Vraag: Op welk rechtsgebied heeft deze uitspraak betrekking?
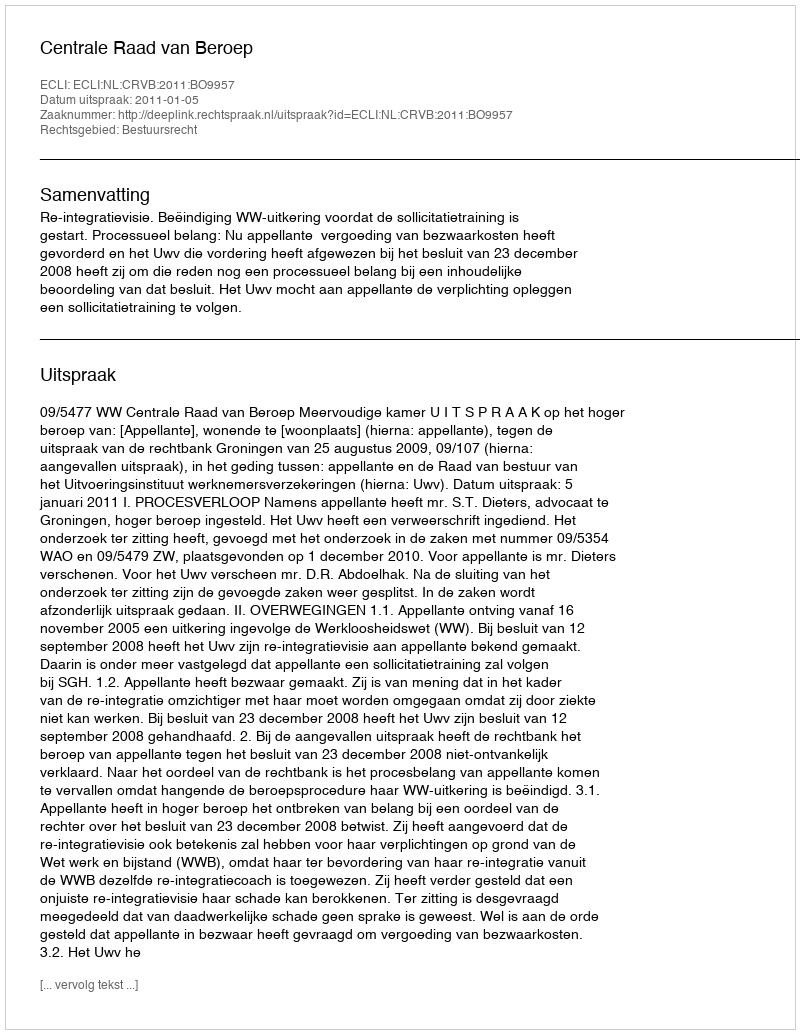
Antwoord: Bestuursrecht